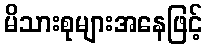
မိသားစုများအနေဖြင့်